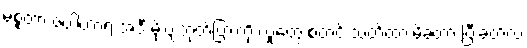
မစ္စတာ ဇပါတာရဲ့ အဲဒီ မိုးပျံဘုတ်ပြားကို လူတွေ စတင် သတိထားမိခဲ့တာ ပြီးခဲ့တဲ့လ